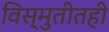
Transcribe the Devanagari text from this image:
विस्मुतीतही